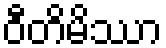
ဝီတိမိဿာ